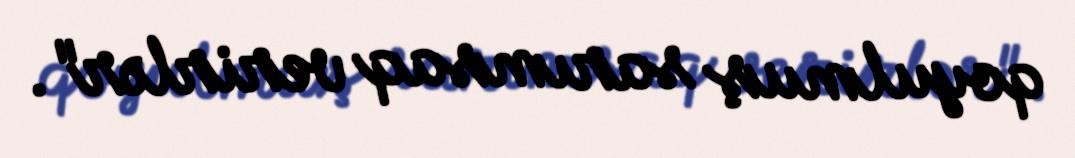
qoyulmuş sarımsaq verirlər".